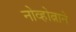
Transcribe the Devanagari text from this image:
नोव्होत्नाने